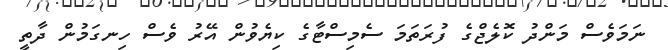
ނަމަވެސް މަންދު ކޮލެޖްގެ ފުރަތަމަ ސެމިސްޓާގެ ކިޔެވުން އޭރު ވެސް ހިނގަމުން ދާތީ